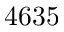
4 6 3 5